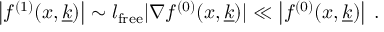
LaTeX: \left| f ^ { ( 1 ) } ( x , \underline { { { k } } } ) \right| \sim l _ { \mathrm { f r e e } } | \nabla f ^ { ( 0 ) } ( x , \underline { { { k } } } ) | \ll \left| f ^ { ( 0 ) } ( x , \underline { { { k } } } ) \right| \; .